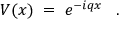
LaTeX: V ( x ) \; = \; e ^ { - i q x } \; \; \; .